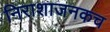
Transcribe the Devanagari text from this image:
निराशाजनकच